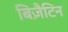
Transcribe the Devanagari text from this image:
बिज़ैटिन